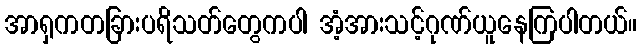
အာရှကတခြားပရိသတ်တွေကပါ အံ့အားသင့်ဂုဏ်ယူနေကြပါတယ်။